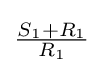
{\tfrac {S_{1}+R_{1}}{R_{1}}}